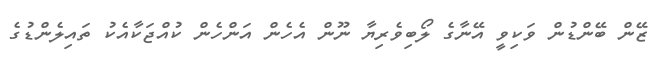
ޒޭން ބޭންޑުން ވަކިވީ އޭނާގެ ލޯބިވެރިޔާ ނޫން އެހެން އަންހެން ކުއްޖަކާއެކު ތައިލެންޑުގެ